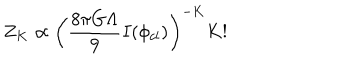
Z _ { K } \propto \left( \frac { 8 \pi G \Lambda } { 9 } I ( \phi _ { c l } ) \right) ^ { - K } K !